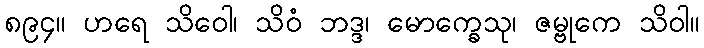
၈၉၄။ ဟရေ သိဝေါ၊ သိဝံ ဘဒ္ဒ၊ မောက္ခေသု၊ ဇမ္ဗုကေ သိဝါ။